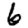
Digit: 6